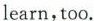
learn,too.